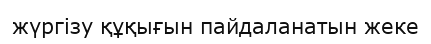
жүргізу құқығын пайдаланатын жеке